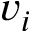
v _ { i }